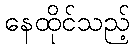
နေထိုင်သည့်